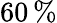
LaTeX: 60\, \%